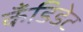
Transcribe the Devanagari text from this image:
कँडिडेट